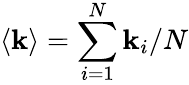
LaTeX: \langle\mathbf{k}\rangle=\sum_{i=1}^{N}\mathbf{k}_{i}/N